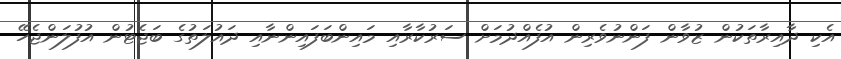
އެކި ދާއިރާތަކުން ޒުވާން ފަންނުވެރިން އުފެއްދުމަށް ސަރުކާރާއި މައިންބަފައިންނާއި ދައުލަތުގެ ބަޖެޓުން އުފުލަންޖެހޭ